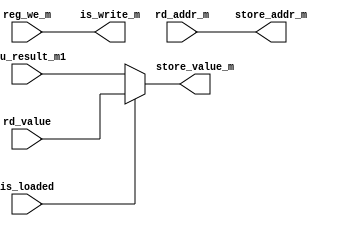
module rd_controller( //　完成。
    input wire [31:0] rd_value,
    input wire is_loaded,
    input wire [31:0] alu_result_m1,
    input wire [4:0] rd_addr_m,
    input wire reg_we_m,

    output wire [31:0] store_value_m,
    output wire [4:0] store_addr_m,
    output wire is_write_m
);
    function [31:0] get_store;
    input [31:0] rd_value;
    input is_loaded;
    input [31:0] alu_result_m1;
    begin
        if (is_loaded) get_store = rd_value;
        else get_store = alu_result_m1;
    end
    endfunction

    assign store_value_m = get_store(rd_value, is_loaded, alu_result_m1);
    assign store_addr_m = rd_addr_m;
    assign is_write_m = reg_we_m;

endmodule